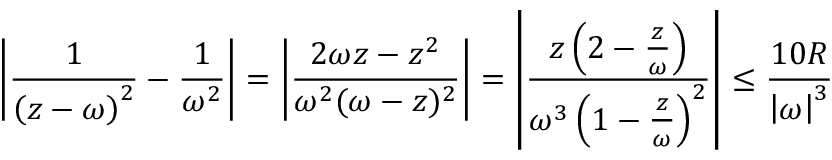
\left| { \frac { 1 } { \left( z - \omega \right) ^ { 2 } } } - { \frac { 1 } { \omega ^ { 2 } } } \right| = \left| { \frac { 2 \omega z - z ^ { 2 } } { \omega ^ { 2 } ( \omega - z ) ^ { 2 } } } \right| = \left| { \frac { z \left( 2 - { \frac { z } { \omega } } \right) } { \omega ^ { 3 } \left( 1 - { \frac { z } { \omega } } \right) ^ { 2 } } } \right| \leq { \frac { 1 0 R } { \left| \omega \right| ^ { 3 } } }